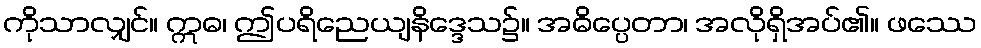
ကိုသာလျှင်။ ဣဓ၊ ဤပရိညေယျနိဒ္ဒေသ၌။ အဓိပ္ပေတာ၊ အလိုရှိအပ်၏။ ဖဿေ